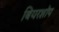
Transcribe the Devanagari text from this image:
बियरशॉप